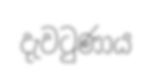
දැවටුණාය